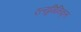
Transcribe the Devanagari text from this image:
एल्युमिनिकृत